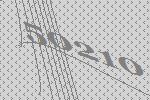
50210